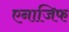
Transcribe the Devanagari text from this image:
एनाजिफ